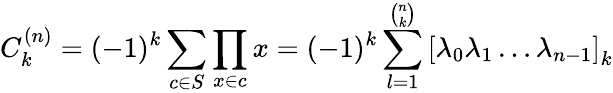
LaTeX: C_{k}^{(n)}=(-1)^{k}\sum_{c\in S}\prod_{x\in c}x=(-1)^{k}\sum_{l=1}^{\binom{n}{k}}\left[\lambda_{0}\lambda_{1}\dots\lambda_{n-1}\right]_{k}